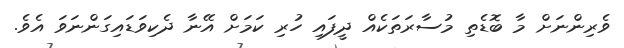
ވެރިންނަށް މާ ބޮޑެތި މުސާރަތަކެއް ދީފައި ހުރި ކަމަށް އޭނާ ދެކިވަޑައިގަންނަވަ އެވެ.